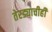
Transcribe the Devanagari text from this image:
तेरड्याचीही